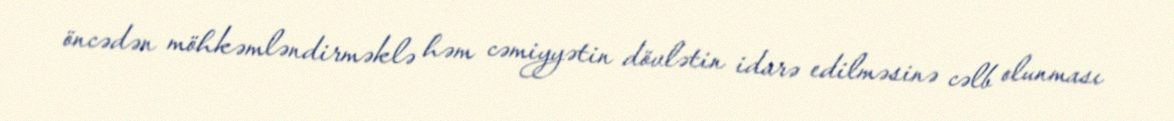
öncədən möhkəmləndirməklə həm cəmiyyətin dövlətin idarə edilməsinə cəlb olunması